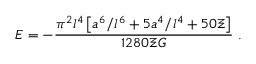
{ \cal E } = - { \frac { { \pi } ^ { 2 } l ^ { 4 } \left[ a ^ { 6 } / l ^ { 6 } + 5 a ^ { 4 } / l ^ { 4 } + 5 0 \Xi \right] } { 1 2 8 0 \Xi G } } \ .